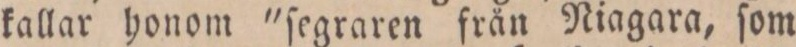
kallar honom "ſegraren från Niagara, ſom